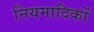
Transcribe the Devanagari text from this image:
नियमादिकों